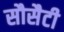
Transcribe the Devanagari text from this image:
सौसैटी